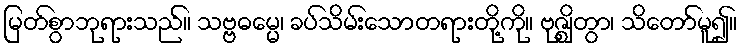
မြတ်စွာဘုရားသည်။ သဗ္ဗဓမ္မေ၊ ခပ်သိမ်းသောတရားတို့ကို။ ဗုဇ္ဈိတွာ၊ သိတော်မူ၍။